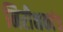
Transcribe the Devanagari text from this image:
निरीक्षकांच